Vaccine operations Central Provinces 1868-1885 - 1868-1885
Year: 1868
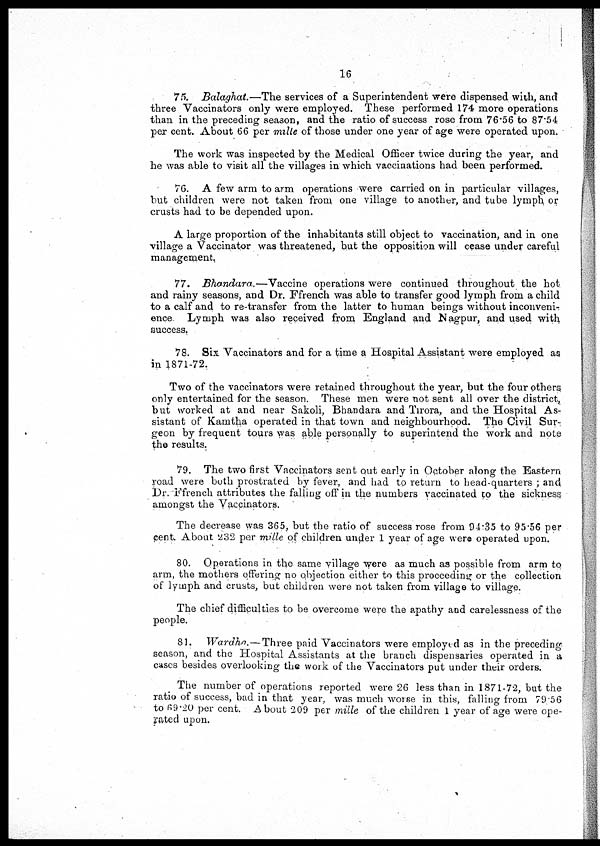
16
75. Balaghat.—The services of a Superintendent were dispensed with, and
three Vaccinators only were employed. These performed 174 more operations
than in the preceding season, and the ratio of success rose from 76.56 to 87.54
per cent. About 66 per mille of those under one year of age were operated upon.
The work was inspected by the Medical Officer twice during the year, and
he was able to visit all the villages in which vaccinations had been performed.
76. A few arm to arm operations were carried on in particular villages,
but children were not taken from one village to another, and tube lymph or
crusts had to be depended upon.
A large proportion of the inhabitants still object to vaccination, and in one
village a Vaccinator was threatened, but the opposition will cease under careful
management.
77. Bhandara.—Vaccine operations were continued throughout the hot
and rainy seasons, and Dr. Ffrench was able to transfer good lymph from a child
to a calf and to re-transfer from the latter to human beings without inconveni-
ence Lymph was also received from England and Nagpur, and used with
success.
78. Six Vaccinators and for a time a Hospital Assistant were employed as
in 1871-72.
Two of the vaccinators were retained throughout the year, but the four others
only entertained for the season. These men were not sent all over the district,
but worked at and near Sakoli, Bhandara and Tirora, and the Hospital As-
sistant of Kamtha operated in that town and neighbourhood. The Civil Sur-
geon by frequent tours was able personally to superintend the work and note
the results.
79. The two first Vaccinators sent out early in October along the Eastern
road were both prostrated by fever, and had to return to head-quarters ; and
Dr. Ffrench attributes the falling off in the numbers vaccinated to the sickness
amongst the Vaccinators.
The decrease was 365, but the ratio of success rose from 94.35 to 95.56 per
cent. About 232 per mille of children under 1 year of age were operated upon.
80. Operations in the same village were as much as possible from arm to
arm, the mothers offering no objection either to this proceeding or the collection
of lymph and crusts, but children were not taken from village to village.
The chief difficulties to be overcome were the apathy and carelessness of the
people.
81. Wardha.—Three paid Vaccinators were employed as in the preceding
season, and the Hospital Assistants at the branch dispensaries operated in a
cases besides overlooking the work of the Vaccinators put under their orders.
The number of operations reported were 26 less than in 1871-72, but the
ratio of success, bad in that year, was much worse in this, falling from 79.56
to 69.20 per cent. About 209 per mille of the children 1 year of age were ope-
rated upon.